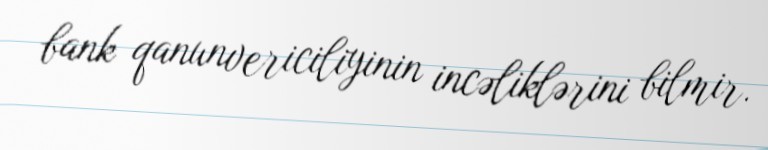
bank qanunvericiliyinin incəliklərini bilmir.